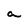
Character: a